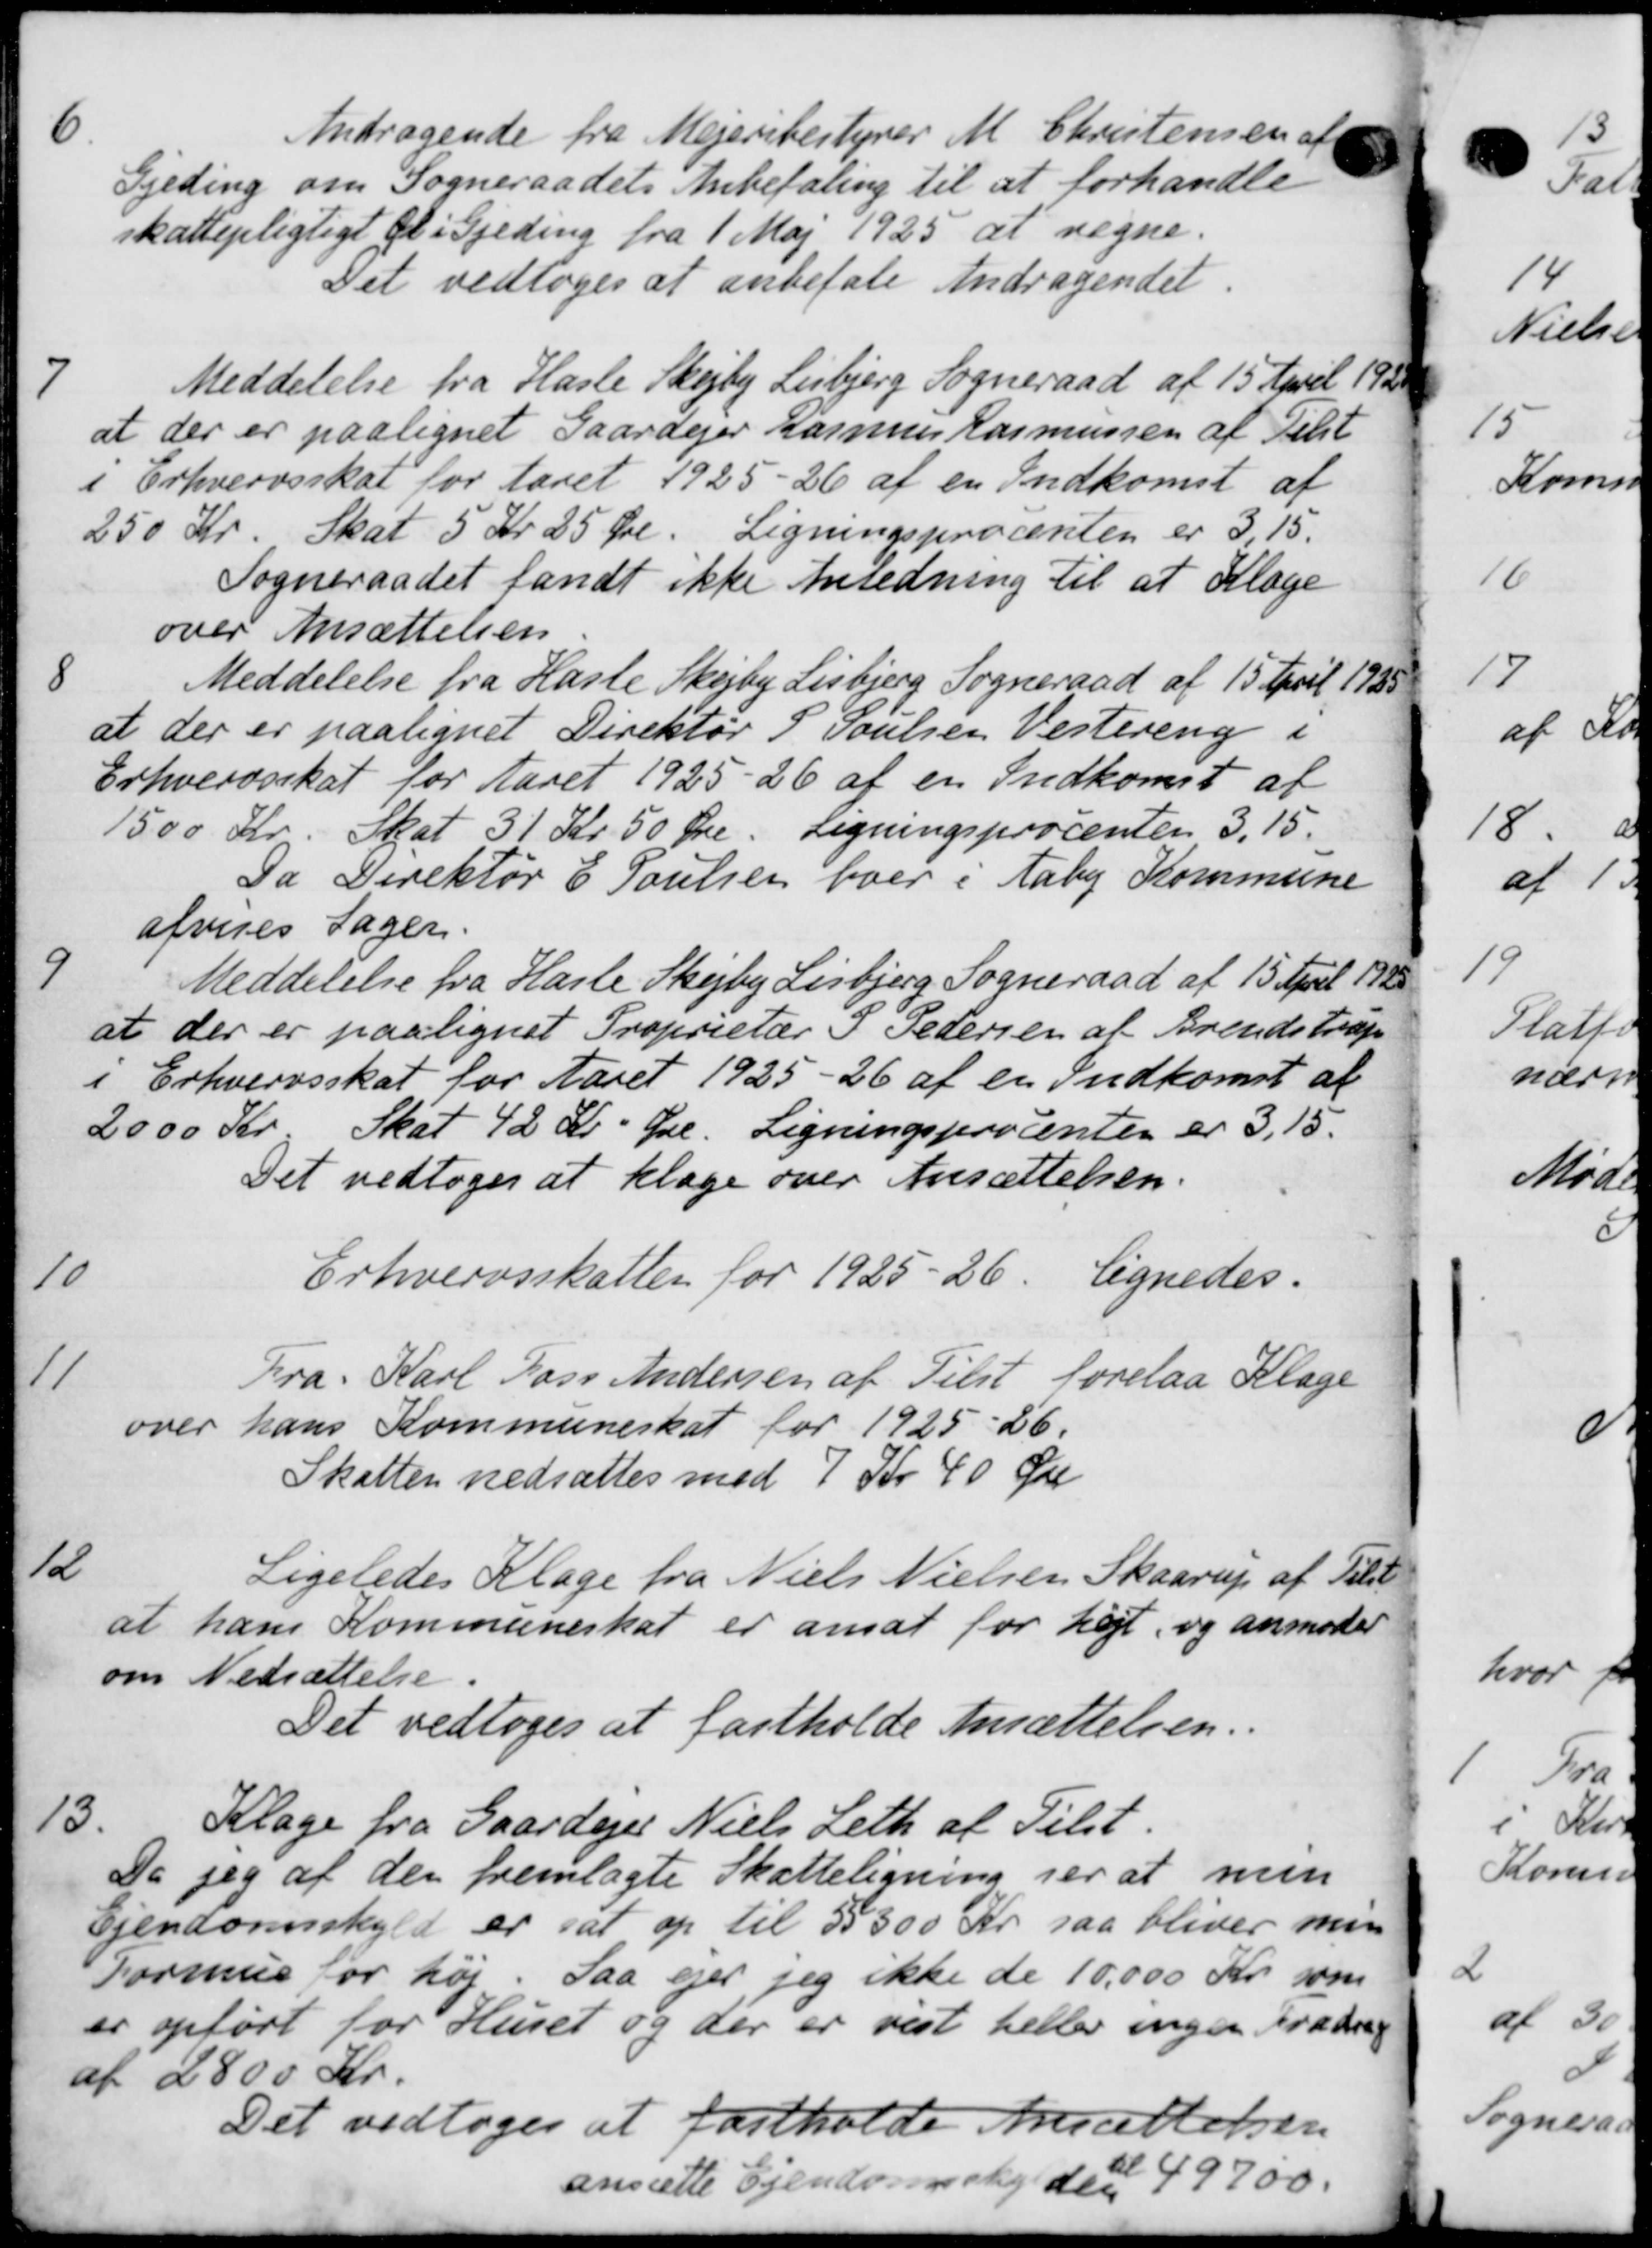
Transskription:
Andragende fra Mejeribestyrer M. Christensen af
Fjeding om Sogneraadets Anbefaling til at forhandle
skattepligtigt al i Gjeding fra 1 Maj 1925 at regne.
Det vedtoges at anbefale Andragendet.

Meddelelse fra Hasle Skejby Lisbjerg Sogneraad af 15 April 1922
at der er paalignet Gaardejer Rasmus Rasmussen af delst
i Erhvervsskat for Aaret 1925-26 af en Indkomst af
250 Kr. Skat 5 Kr 25 Øre. Ligningsprocenten er 3,15.
Sogneraadet fandt ikke Anledning til at Klage
over Ansættelsen

Meddelelse fra Hasle Skejby Lisbjerg Sogneraad af 15 April 1925
at der er paalignet Direktør P. Poulsen Vestering i
Erhvervsskat for Aaret 1925-26 af en Indkomst af
1500 Kr. Skat 31 Kr 50 Øre. Ligningsprocenten 3,15.
Da Direktør E Poulsen boer i Aaby Kommune
afvises Sager.

Meddelelse fra Hasle Skejby Lisbjerg Sogneraad af 15 April 1928
at der er paalignet Proprietær P. Pedersen af Brendstrup
i Erhvervsskat for Aaret 1925-26 af en Indkomst af
2000 Kr. Skat 42 Kr. Øre. Ligningsprocenten er 3,15.
Det vedtoges at klage over Ansættelsen.
10
Erhvervsskatten for 1925-26. lignedes.
11
Fra Karl Lars Andersen af Tilst forelaa Klage
over hans Kommuneskat for 1925-26.
Skatten nedsættes med 7 Kr 40 Øre
12
Ligeledes Klage fra Niels Nielsen Skaarup af Tilst
at hans Kommuneskat er ansat for højt og anmoder
om Nedsættelse
Det vedtoges at fastholde Ansættelsen.
13.
Klage fra Gaardejer Niels Leth af Tilst.
Da jeg af den fremlagte Skatteligning ser at men
Ejendomsskyld er sat op til 55300 Kr. saa bliver min
Formue for høj. Saa ejer jeg ikke de 10.000 Kr. som
er opført for Huset og der er vist heller ingen Fradrag
af 2800 Kr.
Det vedtoges at fastholde Ansættelsen
ansætte Ejendomsskylden 49700.